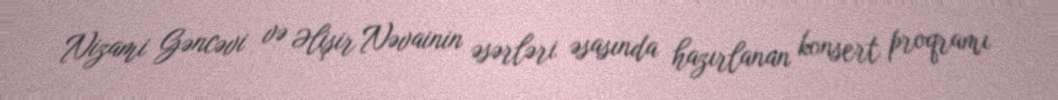
Nizami Gəncəvi və Əlişir Nəvainin əsərləri əsasında hazırlanan konsert proqramı